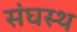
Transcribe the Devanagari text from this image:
संघस्थ